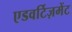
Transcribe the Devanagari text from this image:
एडवर्टिज़मेंट